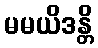
မမယိဒန္တိ